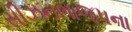
સીઝનભાજપના